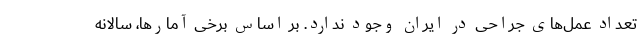
تعداد عمل‌های جراحی در ایران وجود ندارد. بر اساس برخی آمارها، سالانه